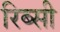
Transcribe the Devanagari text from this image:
रिब्सी